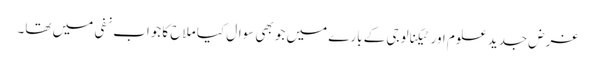
غرض جدید علوم اور ٹیکنالوجی کے بارے میں جو بھی سوال کیا ملاح کا جواب نفی میں تھا۔